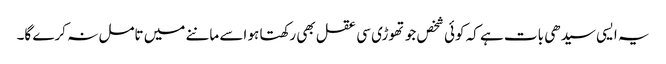
یہ ایسی سیدھی بات ہے کہ کوئی شخص جو تھوڑی سی عقل بھی رکھتا ہو اسے ماننے میں تامل نہ کرے گا۔